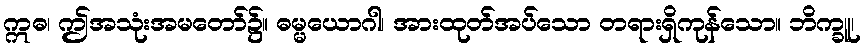
ဣဓ၊ ဤအသုံးအမတော်၌။ ဓမ္မယောဂါ၊ အားထုတ်အပ်သော တရားရှိကုန်သော။ ဘိက္ခူ၊